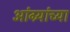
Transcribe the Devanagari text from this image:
आंग्र्यांच्या